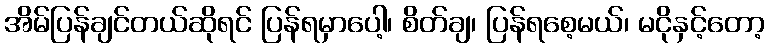
အိမ်ပြန်ချင်တယ်ဆိုရင် ပြန်ရမှာပေါ့၊ စိတ်ချ၊ ပြန်ရစေ့မယ်၊ မငိုနှင့်တော့